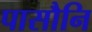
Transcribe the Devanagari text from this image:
पासौनि